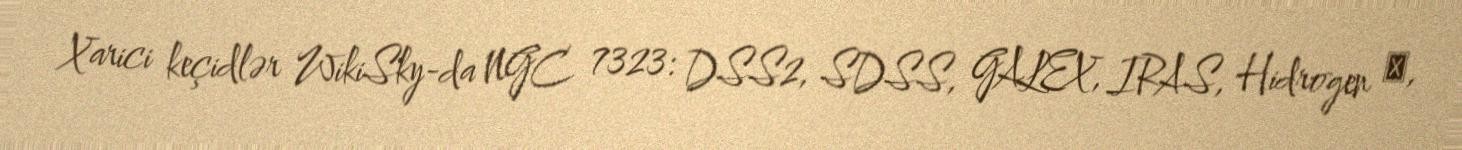
Xarici keçidlər WikiSky-da NGC 7323: DSS2, SDSS, GALEX, IRAS, Hidrogen α,